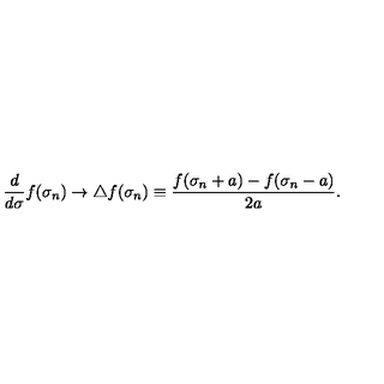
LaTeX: \frac { d } { d \sigma } f ( \sigma _ { n } ) \to \triangle f ( \sigma _ { n } ) \equiv \frac { f ( \sigma _ { n } + a ) - f ( \sigma _ { n } - a ) } { 2 a } .